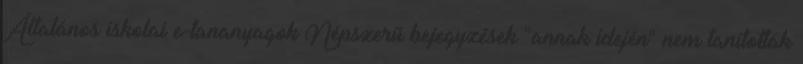
Általános iskolai e-tananyagok Népszerű bejegyzések "annak idején" nem tanították